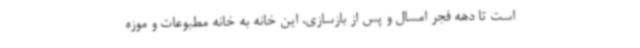
است تا دهه فجر امسال و پس از بازسازی، این خانه به خانه مطبوعات و موزه